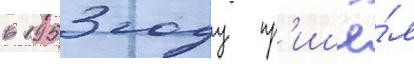
в 1953 году пр'ишё́л